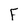
Character: F